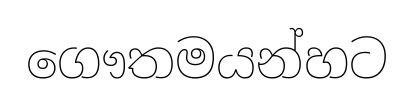
ගෞතමයන්හට